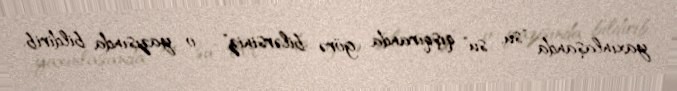
yaxınlaşanda "su, su" qışqıranda görə bilərsiniz" - o yazısında bildirib.